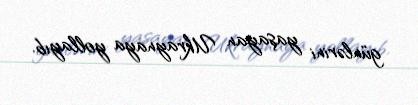
günlərini yaşayan Ukraynaya yollayıb.